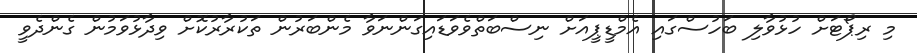
މި ރިޕޯޓަށް ހުޅުވާލި ބަހުސްގައި އެމްޑީޕީއަށް ނިސްބަތްވެވަޑައިގަންނަވާ މެންބަރުން ތަކުރާރުކޮށް ވިދާޅުވަމުން ގެންދެވީ